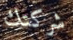
شركتك